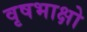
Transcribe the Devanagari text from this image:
वृषभाक्षो